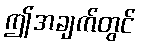
ဤအချက်တွင်